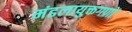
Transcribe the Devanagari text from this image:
मंडलायुक्तगणों